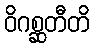
ဝိဂစ္ဆတီတိ